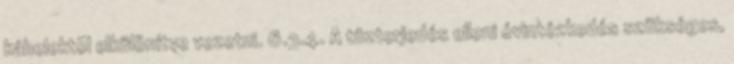
kábelektõl elkülönítve vezetni. 6.3.4. A tûzterjedés elleni óvintézkedés szükséges,